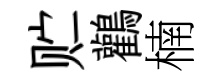
贮鸛楠